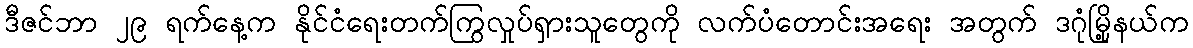
ဒီဇင်ဘာ ၂၉ ရက်နေ့က နိုင်ငံရေးတက်ကြွလှုပ်ရှားသူတွေကို လက်ပံတောင်းအရေး အတွက် ဒဂုံမြို့နယ်က